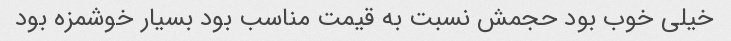
خیلی خوب بود حجمش نسبت به قیمت مناسب بود بسیار خوشمزه بود